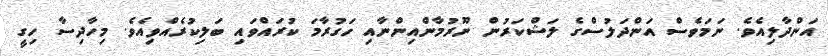
އަންދާލިއެވެ. ނަމަވެސް އަންދަލުސްގެ ލަޝްކަރުން ނޫރުމާންއިންނާއި ހަގުރާމަ ކުރައްވައި ބަލިކުރެއްވިއެވެ. މިހާދިސާ ހިގީ